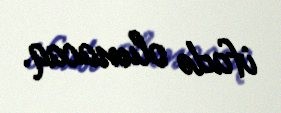
ifadə olunacaq.